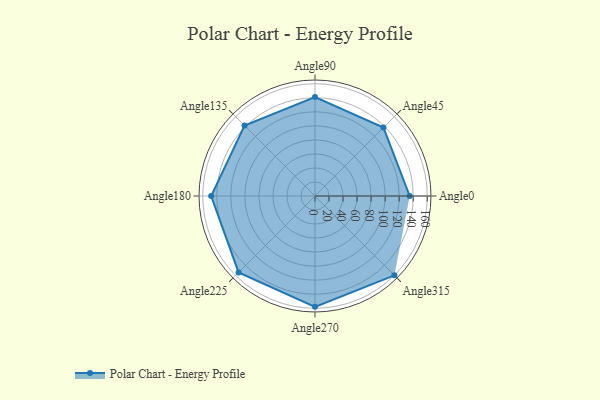
{"axis": {"x": "Angle", "y": "Radius"}, "legend": [""], "data": [{"x": "Angle0", "y": 135.0, "type": ""}, {"x": "Angle45", "y": 138.0, "type": ""}, {"x": "Angle90", "y": 141.0, "type": ""}, {"x": "Angle135", "y": 142.0, "type": ""}, {"x": "Angle180", "y": 148.0, "type": ""}, {"x": "Angle225", "y": 154.0, "type": ""}, {"x": "Angle270", "y": 158.0, "type": ""}, {"x": "Angle315", "y": 160.0, "type": ""}]}